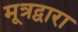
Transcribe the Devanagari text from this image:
मूत्रद्वारा